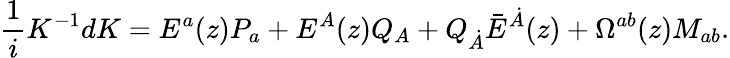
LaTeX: {\frac{1}{i}}K^{-1}dK=E^{a}(z)P_{a}+E^{A}(z)Q_{A}+Q_{\dot{A}}\bar{E}^{\dot{A}}(z)+\Omega^{ab}(z)M_{ab}.